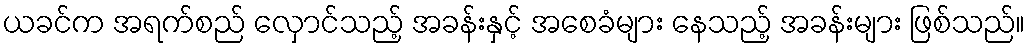
ယခင်က အရက်စည် လှောင်သည့် အခန်းနှင့် အစေခံများ နေသည့် အခန်းများ ဖြစ်သည်။